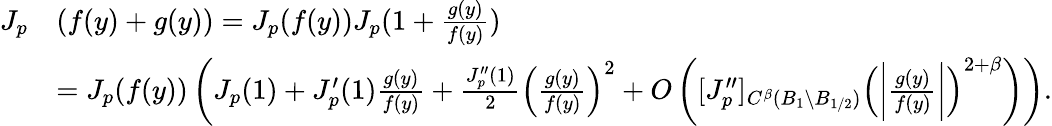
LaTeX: \begin{array}{rl}{J_{p}}&{(f(y)+g(y))=J_{p}(f(y))J_{p}(1+\frac{g(y)}{f(y)})}\\ &{=J_{p}(f(y))\left(J_{p}(1)+J_{p}^{\prime}(1)\frac{g(y)}{f(y)}+\frac{J_{p}^{\prime\prime}(1)}{2}\left(\frac{g(y)}{f(y)}\right)^{2}+O\left([J_{p}^{\prime\prime}]_{C^{\beta}(B_{1}\setminus B_{1/2})}\left(\bigg|\frac{g(y)}{f(y)}\bigg|\right)^{2+\beta}\right)\right).}\end{array}